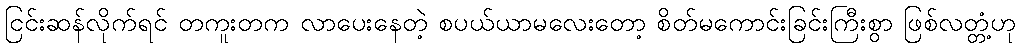
ငြင်းဆန်လိုက်ရင် တကူးတက လာပေးနေတဲ့ စပယ်ယာမလေးတော့ စိတ်မကောင်းခြင်းကြီးစွာ ဖြစ်လတ္တံ့ဟု